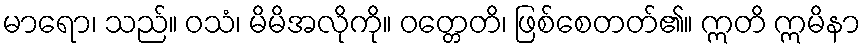
မာရော၊ သည်။ ဝသံ၊ မိမိအလိုကို။ ဝတ္တေတိ၊ ဖြစ်စေတတ်၏။ ဣတိ ဣမိနာ